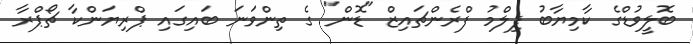
ބޮލީވުޑްގެ ކާމިޔާބު ފިލްމު ފްރެންޗައިޒް "ޑޮން" ގެ ތިންވަނަ ބައިގައި ޕްރިޔަންކާ ޗޯޕްރާ